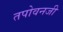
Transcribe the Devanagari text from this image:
तपोवनजी